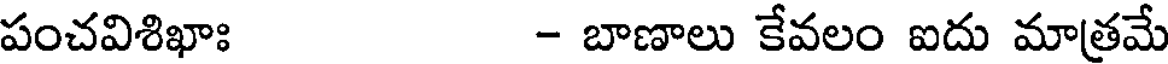
పంచవిశిఖాః - బాణాలు కేవలం ఐదు మాత్రమే